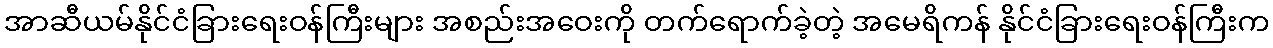
အာဆီယမ်နိုင်ငံခြားရေးဝန်ကြီးများ အစည်းအဝေးကို တက်ရောက်ခဲ့တဲ့ အမေရိကန် နိုင်ငံခြားရေးဝန်ကြီးက